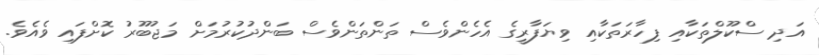
އަދި ސްކޫލްތަކާއި ފިހާރަތަކާއި ވިޔަފާރީގެ އެހެންވެސް ތަންތަންވެސް ބަންދުކުރުމަށް މަޖުބޫރު ކޮށްފައި ވެއެވެ.